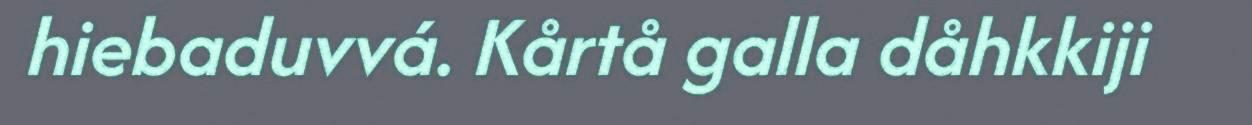
hiebaduvvá. Kårtå galla dåhkkiji